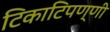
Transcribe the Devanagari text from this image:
टिकाटिपण्णी